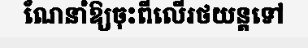
ណែនាំឱ្យចុះពីលើរថយន្តទៅ